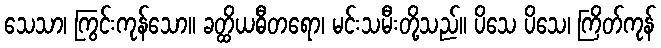
သေသာ၊ ကြွင်းကုန်သော။ ခတ္ထိယဓီတရော၊ မင်းသမီးတို့သည်။ ပိသေ ပိသေ၊ ကြိတ်ကုန်